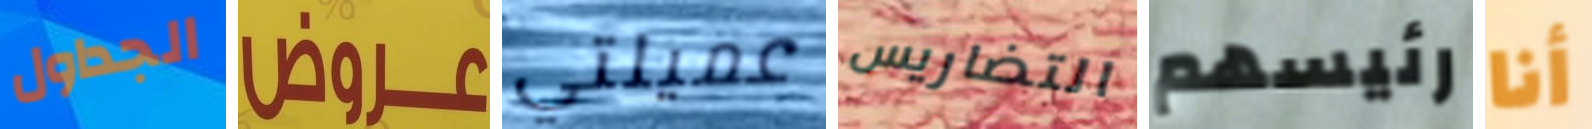
الجداول عروض عميلتي التضاريس رئيسهم أنا